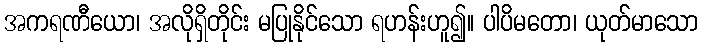
အကရဏီယော၊ အလိုရှိတိုင်း မပြုနိုင်သော ရဟန်းဟူ၍။ ပါပိမတော၊ ယုတ်မာသော